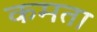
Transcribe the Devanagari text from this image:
कमता